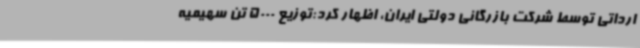
ارداتی توسط شرکت بازرگانی دولتی ایران، اظهار کرد:توزیع 5000 تن سهیمیه